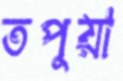
তপুয়া